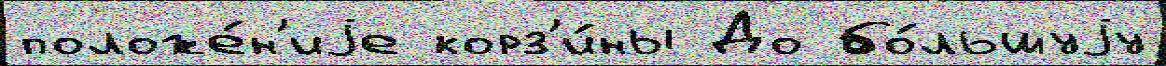
положе́н'иjе корз'и́ны До бо́льшуjу